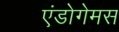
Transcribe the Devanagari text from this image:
एंडोगेमस